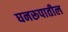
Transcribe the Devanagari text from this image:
घनरूपातील